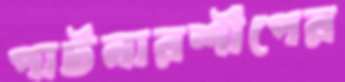
পার্টনারশীপের